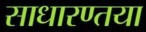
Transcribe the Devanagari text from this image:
साधारण्तया